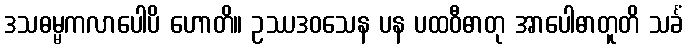
ဒသဓမ္မကလာပေါပိ ဟောတိ။ ဥဿဒဝသေန ပန ပထဝီဓာတု အာပေါဓာတူတိ သင်္ခံ